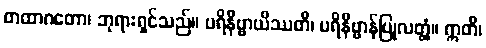
တထာဂတော၊ ဘုရားရှင်သည်။ ပရိနိဗ္ဗာယိဿတိ၊ ပရိနိဗ္ဗာန်ပြုလတ္တံ့။ ဣတိ၊